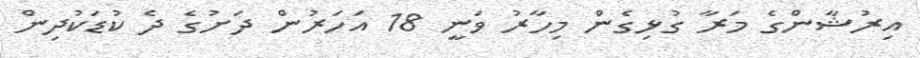
އިރުޝާންގެ މަރާ ގުޅިގެން މިހާރު ވަނީ 18 އަހަރުން ދަށުގެ ދެ ކުޑަކުދިން